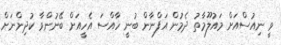
ވީ ނިއުސްއަށް މައުލޫމާތު ދެމުން އަފްނާން ބުނީ ހާއްސަ އެހީއަށް ބޭނުންވާ ކުދިންނަށް